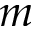
m